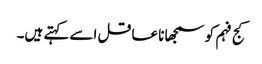
کج فہم کو سمجھا نا عاقل اسے کہتے ہیں۔